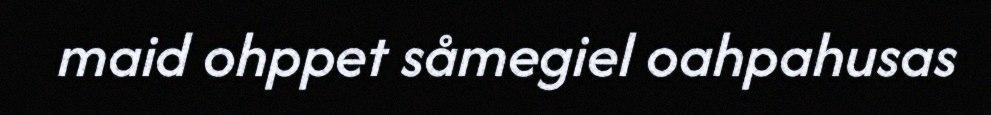
maid ohppet såmegiel oahpahusas